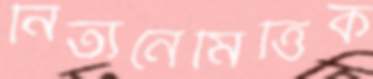
নিত্যনৈমিত্তিক